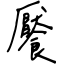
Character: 饜